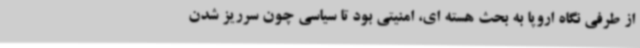
از طرفی نگاه اروپا به بحث هسته ای، امنیتی بود تا سیاسی چون سرریز شدن